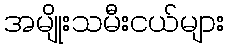
အမျိုးသမီးငယ်များ